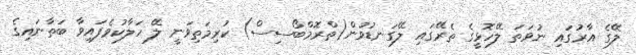
ލޭގެ އާރުގައި ނުވަތަ ލޭހޮޅީގެ ތެރޭގައި ލޭގަނޑުވުން(ތްރޮމްބޯސިސް) ކުރިމަތިވަނީ ލޭ ހަލާކުވެފައިވާ ބަތާނައިގެ